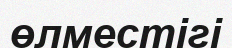
өлместігі